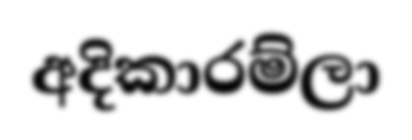
අදිකාරම්ලා